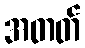
အတတ်